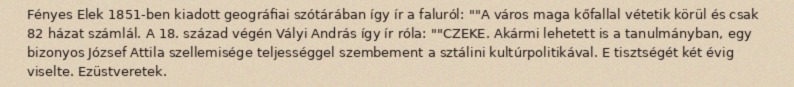
Fényes Elek 1851-ben kiadott geográfiai szótárában így ír a faluról: ""A város maga kőfallal vétetik körül és csak 82 házat számlál. A 18. század végén Vályi András így ír róla: ""CZEKE. Akármi lehetett is a tanulmányban, egy bizonyos József Attila szellemisége teljességgel szembement a sztálini kultúrpolitikával. E tisztségét két évig viselte. Ezüstveretek.